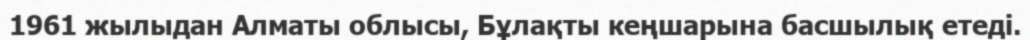
1961 жылыдан Алматы облысы, Бұлақты кеңшарына басшылық етеді.